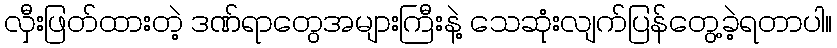
လှီးဖြတ်ထားတဲ့ ဒဏ်ရာတွေအများကြီးနဲ့ သေဆုံးလျက်ပြန်တွေ့ခဲ့ရတာပါ။